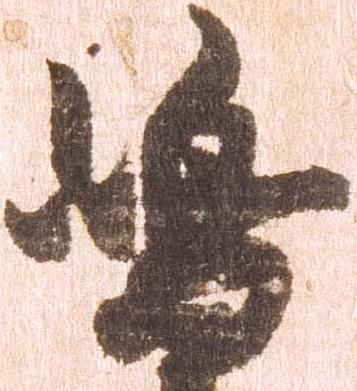
嶋